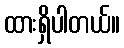
ထားရှိပါတယ်။